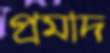
প্রমাদ